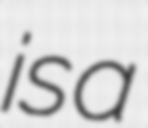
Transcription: is a